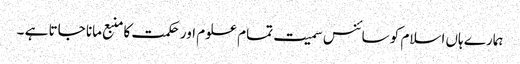
ہمارے ہاں اسلام کو سائنس سمیت تمام علوم اور حکمت کا منبع مانا جاتا ہے ۔